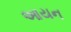
આયન